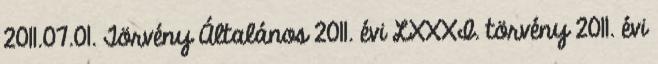
2011.07.01. Törvény Általános 2011. évi LXXXI. törvény 2011. évi